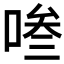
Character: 𭈧